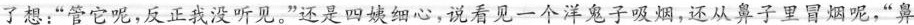
了想：”管它呢，反正我没听见。”还是四姨细心，说看见一个洋鬼子吸烟，还从鼻子里冒烟呢，”鼻